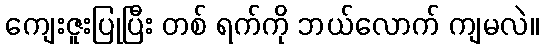
ကျေးဇူးပြုပြီး တစ် ရက်ကို ဘယ်လောက် ကျမလဲ။